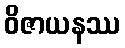
ဝိဇာယနဿ